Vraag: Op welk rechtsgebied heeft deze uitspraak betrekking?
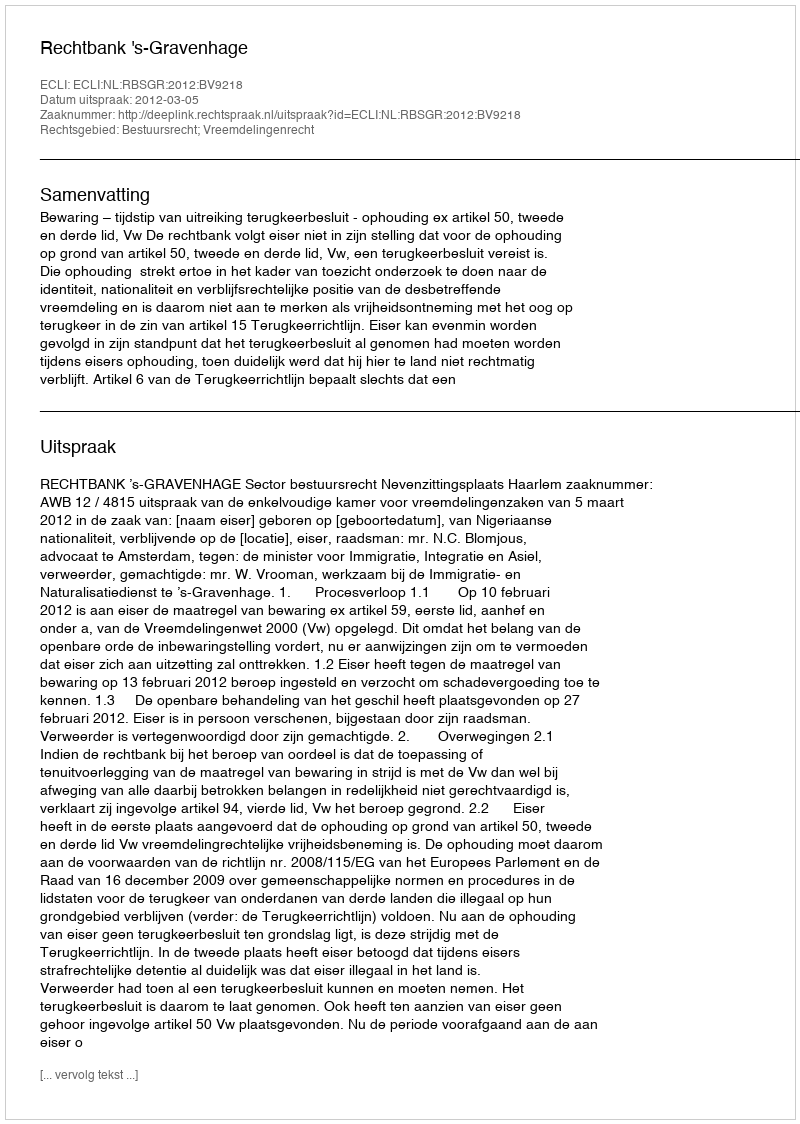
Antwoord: Bestuursrecht; Vreemdelingenrecht